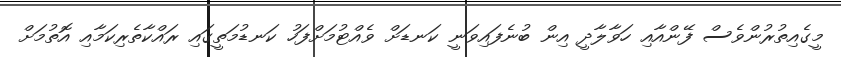
މީގެއިތުރުންވެސް ފޭންއާއި ހަވާލާދީ އިން ބުނެފައިވަނީ ކަނޑަށް ވެއްޓުމަށްފަހު ކަނޑުމަތީގައި ރައްކާތެރިކަމާއި އޮތުމަށް